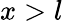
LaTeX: x>l